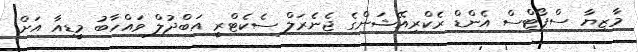
މާޒިޔާ ސްޕޯޓްސް އެންޑް ރެކްރިއޭޝަންގެ ޖެނެރަލް ސެކެޓްރީ އަބްދުލް ވައްހާބު މީޑިއާ އަށް